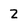
Character: 2